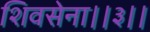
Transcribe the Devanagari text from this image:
शिवसेना।।३।।